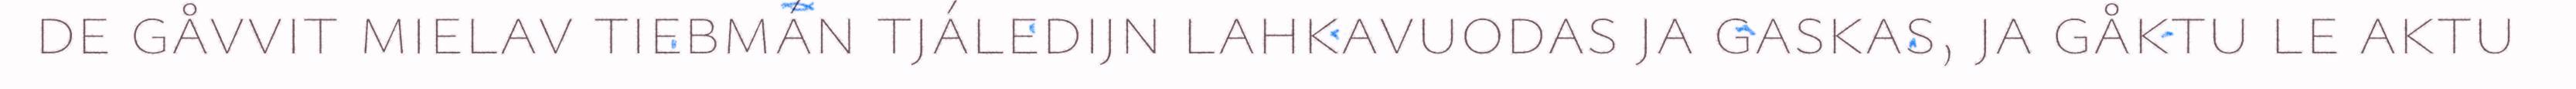
de gåvvit mielav tiebmán tjáledijn lahkavuodas ja gaskas, ja gåktu le aktu